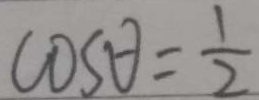
\cos \theta = \frac { 1 } { 2 }